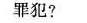
罪犯?